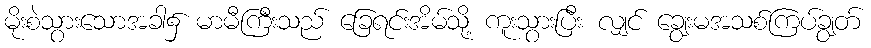
မိုးစဲသွားသောအခါ၌ မာမီကြီးသည် ခြေရင်းအိမ်သို့ ကူးသွားပြီး လျှင် ချွေးမအသစ်ကြပ်ချွတ်